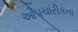
ઔપચારીકતા